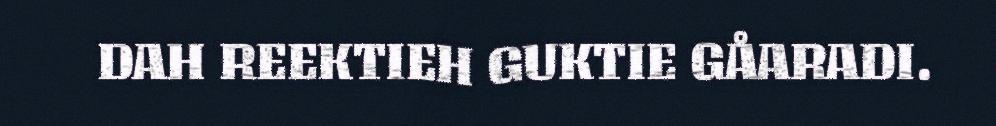
DAH REEKTIEH GUKTIE GÅARADI.